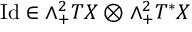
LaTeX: \mathrm { I d } \in \wedge _ { + } ^ { 2 } T X \otimes \wedge _ { + } ^ { 2 } T ^ { * } X